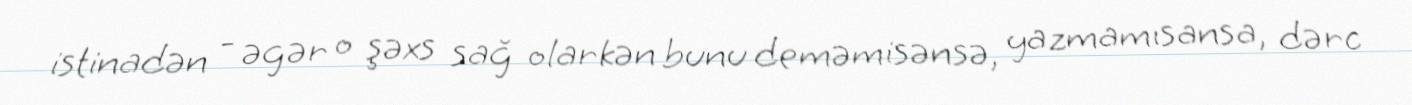
istinadən - əgər o şəxs sağ olarkən bunu deməmisənsə, yazmamısansa, dərc